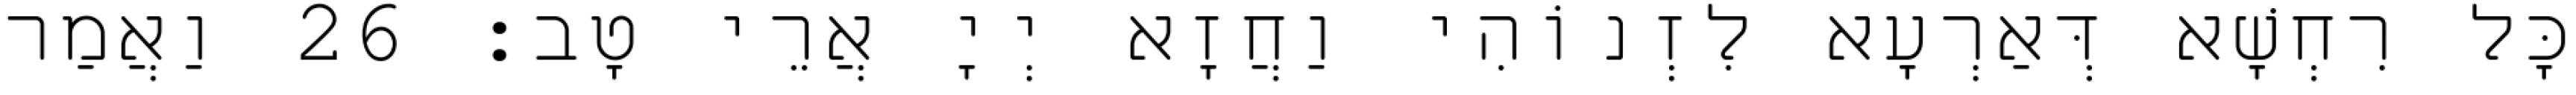
כָּל רִחְשָׁא דְּאַרְעָא לִזְנוֹהִי וַחֲזָא יְיָ אֲרֵי טָב׃ 26 וַאֲמַר